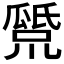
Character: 𤬕